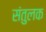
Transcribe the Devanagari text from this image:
संतुलक